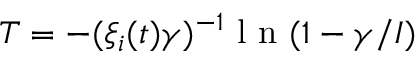
T = - ( \xi _ { i } ( t ) \gamma ) ^ { - 1 } \textrm { l n } ( 1 - { \gamma } / { I } )